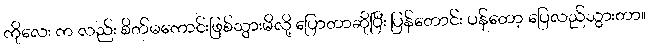
ကိုလေး က လည်း စိတ်မကောင်းဖြစ်သွားမိလို့ ပြောတာဆိုပြီး ပြန်တောင်း ပန်တော့ ပြေလည်သွားတာ။